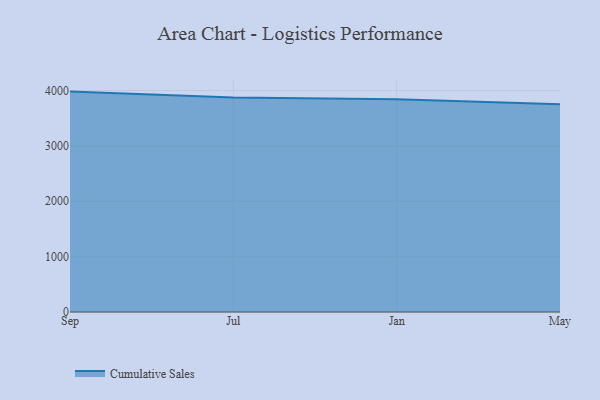
{"axis": {"x": "Month", "y": "Page Views"}, "legend": ["Cumulative Sales"], "data": [{"x": "Sep", "y": 3980.3, "type": "Cumulative Sales"}, {"x": "Jul", "y": 3874.8, "type": "Cumulative Sales"}, {"x": "Jan", "y": 3841.1, "type": "Cumulative Sales"}, {"x": "May", "y": 3750.3, "type": "Cumulative Sales"}]}